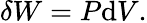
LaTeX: \delta W=P\mathrm{d}V.